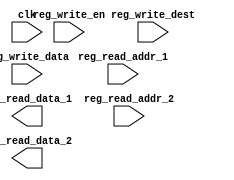
`timescale 1ns / 1ps


module GPRs(
 input    clk,
 // write port
 input    reg_write_en,
 input  [2:0] reg_write_dest,
 input  [15:0] reg_write_data,
 //read port 1
 input  [2:0] reg_read_addr_1,
 output  [15:0] reg_read_data_1,
 //read port 2
 input  [2:0] reg_read_addr_2,
 output  [15:0] reg_read_data_2
);

reg [15:0] reg_array [7:0];
integer i;
 // write port
 //reg [2:0] i;
initial begin
for(i=0;i<8;i=i+1)
  reg_array[i] <= 16'd0;
end

//WRITE EN LOGIC

 
// READ LOGIC



endmodule